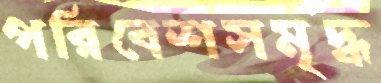
পরিবেশসমৃদ্ধ